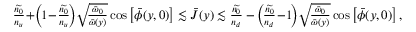
\begin{array} { r } { \frac { \widetilde { n _ { 0 } } } { n _ { u } } \! + \! \left( \! 1 \! - \! \frac { \widetilde { n _ { 0 } } } { n _ { u } } \! \right) \! \sqrt { \! \frac { { \bar { \omega } } _ { 0 } } { { \bar { \omega } } ( y ) } } \cos \left[ \bar { \phi } ( y , 0 ) \right] \lesssim \bar { J } ( y ) \lesssim \frac { \widetilde { n _ { 0 } } } { n _ { d } } - \left( \! \frac { \widetilde { n _ { 0 } } } { n _ { d } } \! - \! 1 \! \right) \! \sqrt { \! \frac { { \bar { \omega } } _ { 0 } } { { \bar { \omega } } ( y ) } } \cos \left[ \bar { \phi } ( y , 0 ) \right] , } \end{array}